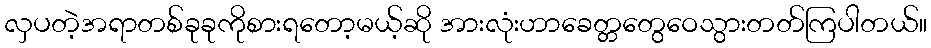
လှပတဲ့အရာတစ်ခုခုကိုစားရတော့မယ့်ဆို အားလုံးဟာခေတ္တတွေဝေသွားတတ်ကြပါတယ်။